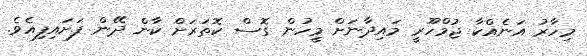
މިހާރު އަނެއްކާ ޖުމްހޫރީ މައިދާނަށް މީހުން ގޮސް ކޮތަރަށް ކާން ދޭން ފަށައިފިއެވެ.